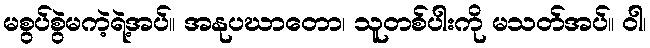
မစွပ်စွဲမကဲ့ရဲ့အပ်။ အနုပဃာတော၊ သူတစ်ပါးကို မသတ်အပ်။ ဝါ၊